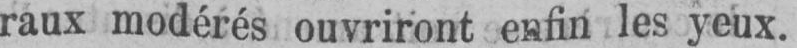
raux modérés ouvriront enfin les yeux.